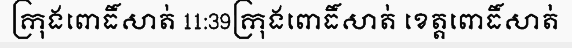
ក្រុងពោធិ៍សាត់ 11:39ក្រុងពោធិ៍សាត់ ខេត្តពោធិ៍សាត់